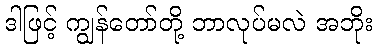
ဒါဖြင့် ကျွန်တော်တို့ ဘာလုပ်မလဲ အဘိုး